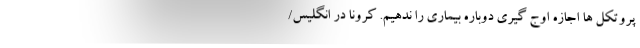
پروتکل ها اجازه اوج گیری دوباره بیماری را ندهیم. کرونا در انگلیس/